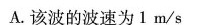
A.该波的波速为1m/s